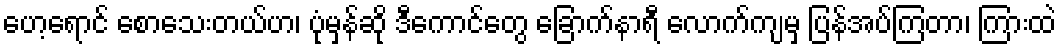
ဟေ့ရောင် စောသေးတယ်ဟ၊ ပုံမှန်ဆို ဒီကောင်တွေ ခြောက်နာရီ လောက်ကျမှ ပြန်အပ်ကြတာ၊ ကြားထဲ